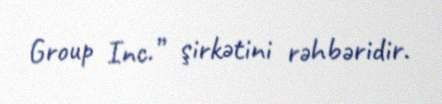
Group Inc.” şirkətini rəhbəridir.